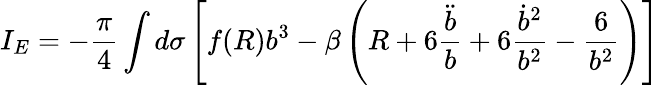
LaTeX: I_{E}=-\frac{\pi}{4}\int d\sigma\left[f(R)b^{3}-\beta\left(R+6\frac{\ddot{b}}{b}+6\frac{\dot{b}^{2}}{b^{2}}-\frac{6}{b^{2}}\right)\right]